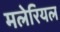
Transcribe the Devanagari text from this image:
मलेरियल